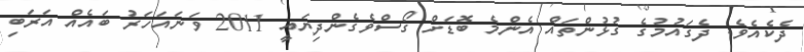
ދެކެއެވެ. ދެގައުމުގެ ގުޅުންތައް އެންމެ ބޮޑަށް ގޯސްވެގެންދިޔައީ 2011 ވަނައަހަރު ބައެއް އަރަބި